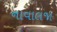
નાવાલજા